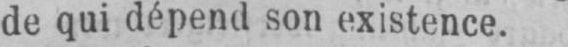
de qui dépend son existence.